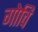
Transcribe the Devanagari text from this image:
गोवि